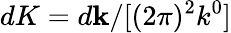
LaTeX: dK=d\mathbf{k}/[(2\pi)^{2}k^{0}]